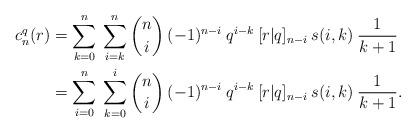
LaTeX: \begin{align*} c_n^q(r)& =\sum_{k=0}^n\:\sum_{i=k}^n \binom{n}{i}\:(-1)^{n-i}\:q^{i-k}\:[r|q]_{n-i}\:s(i,k)\:\frac{1}{k+1}\\ &=\sum_{i=0}^n\:\sum_{k=0}^i \binom{n}{i}\:(-1)^{n-i}\:q^{i-k}\:[r|q]_{n-i}\:s(i,k)\:\frac{1}{k+1}. \end{align*}